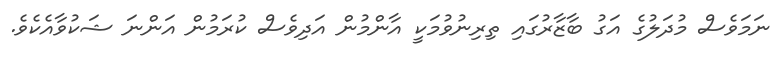
ނަމަވެސް މުދަލުގެ އަގު ބާޒާރުގައި ތިރިނުވުމަކީ އާންމުން އަދިވެސް ކުރަމުން އަންނަ ޝަކުވާއެކެވެ.